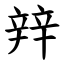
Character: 辡